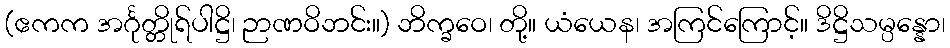
(ဧကက အင်္ဂုတ္တိုရ်ပါဋ္ဌိ၊ ဉာဏဝိဘင်း။) ဘိက္ခဝေ၊ တို့။ ယံယေန၊ အကြင်ကြောင့်။ ဒိဋ္ဌိသမ္ပန္နော၊